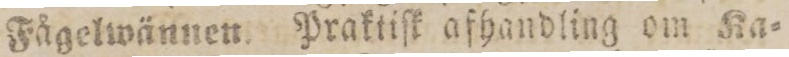
Fågelwännen. Praktiſk afhandling om Ka=